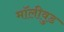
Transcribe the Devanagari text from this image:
मॉलीवुड